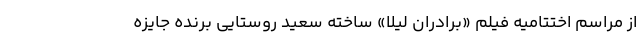
از مراسم اختتامیه فیلم «برادران لیلا» ساخته سعید روستایی برنده جایزه